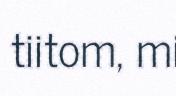
tiitom, mi